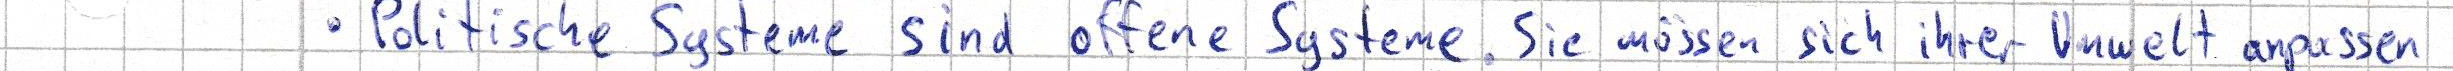
- Politische Systeme sind offene System. Sie müssen sich ihrer Umwelt anpassen